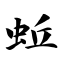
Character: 蚯